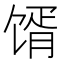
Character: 𩠋